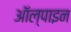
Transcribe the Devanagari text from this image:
ऑल्पाइन